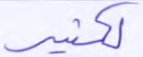
لكثير